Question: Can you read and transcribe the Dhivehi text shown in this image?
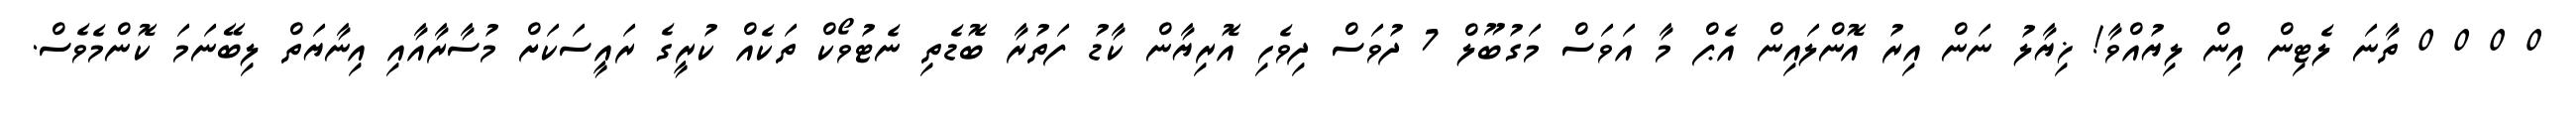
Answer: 0 0 0 0 ތާނަ ލެޓިން އިން ލިޔުއްވާ! ޚިޔާލު ނަން އިރު އޮންލައިން އެޕް މާ އަވަސް މަގުބޫލް 7 ދުވަސް ދިވެހި އޮރިޔާން ކާޑު ފަތުރާ ބޮޑެތި ނެޓުވޯކް ތަކެއް ކުރީގެ ރައީސަކަށް މުސާރާއާއި އިނާޔަތް ލިބޭނަމަ ކޮންމެވެސް.